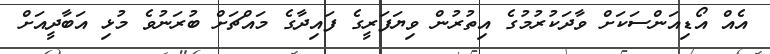
އެއް އޯޑިއަންސަކަށް ވާދަކުރުމުގެ އިތުރުން ވިޔަފަރީގެ ފައިދާގެ މައްޗަށް ބުރަނުވެ މުޅި އަބާދީއަށް